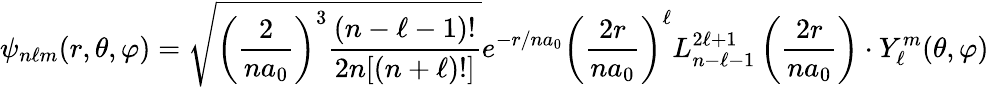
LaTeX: \psi_{n\ell m}(r,\theta,\varphi)={\sqrt{\left({\frac{2}{na_{0}}}\right)^{3}{\frac{(n-\ell-1)!}{2n[(n+\ell)!]}}}}e^{-r/na_{0}}\left({\frac{2r}{na_{0}}}\right)^{\ell}L_{n-\ell-1}^{2\ell+1}\left({\frac{2r}{na_{0}}}\right)\cdot Y_{\ell}^{m}(\theta,\varphi)